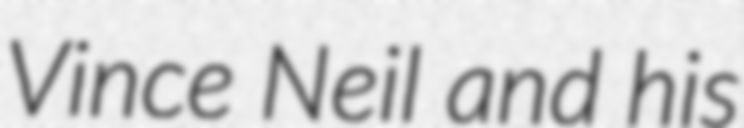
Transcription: Vince Neil and his